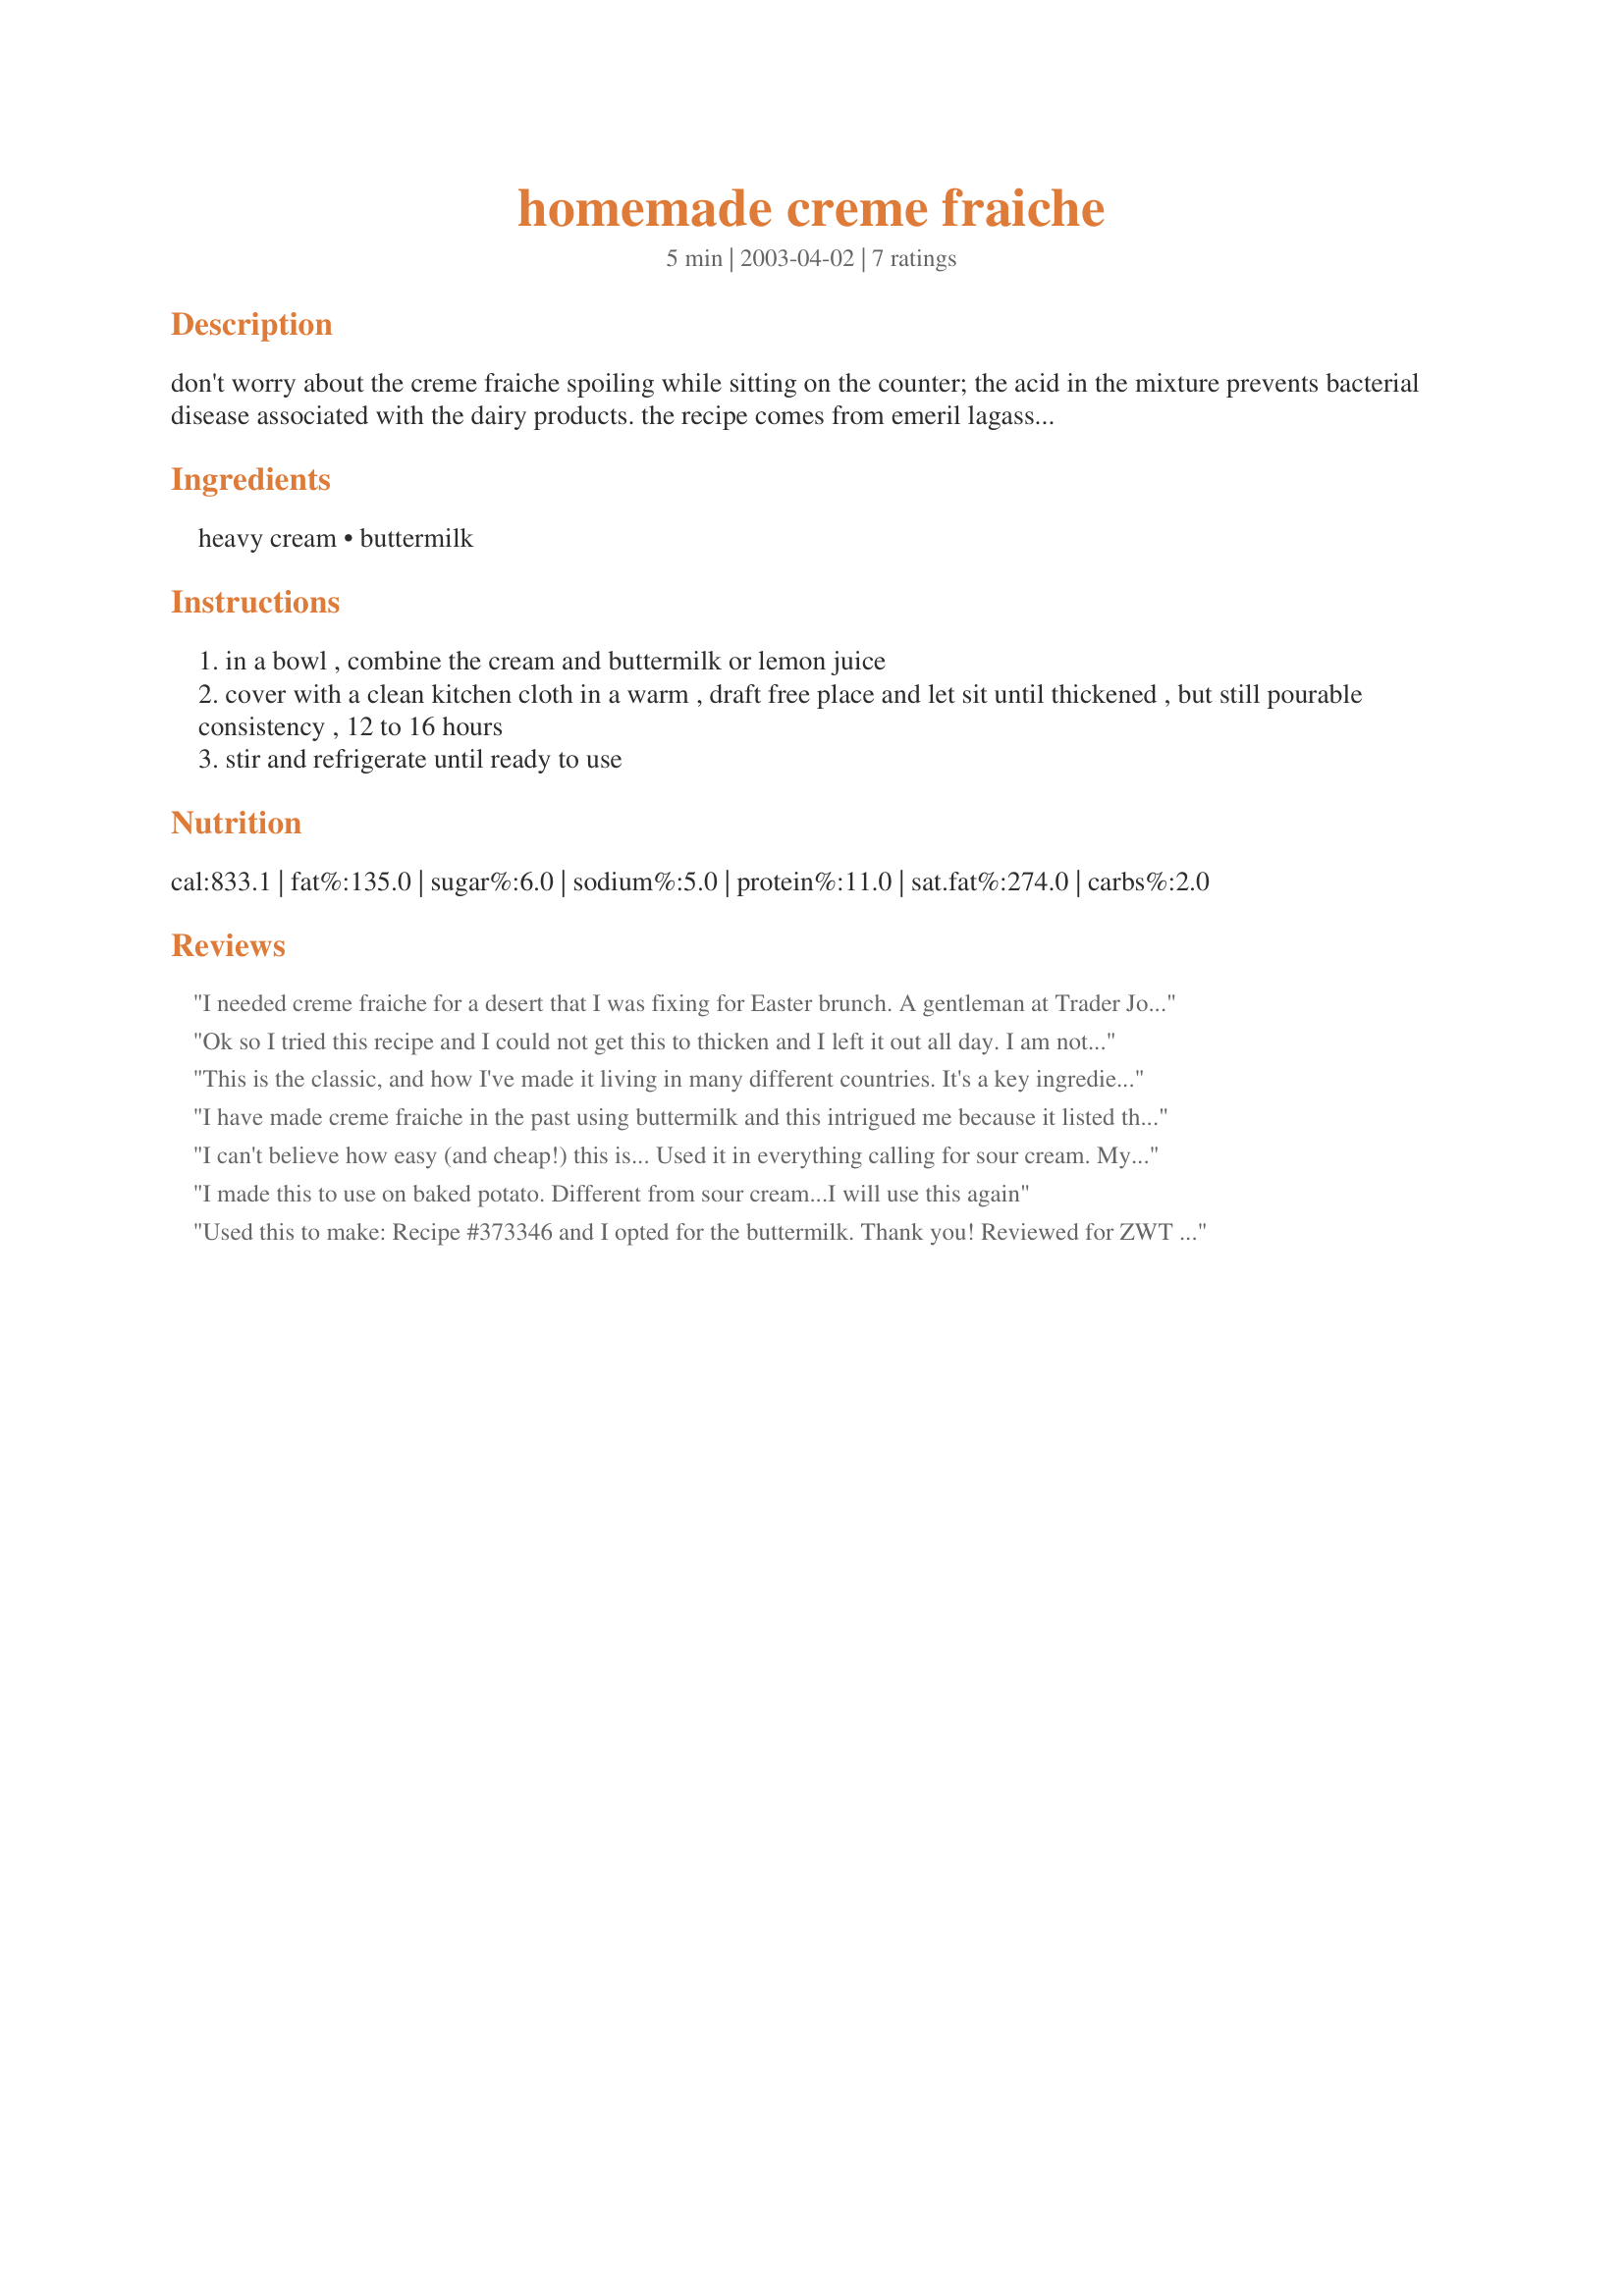
homemade creme fraiche
Preparation time: 5 minutes

don't worry about the creme fraiche spoiling while sitting on the counter; the acid in the mixture prevents bacterial disease associated with the dairy products. the recipe comes from emeril lagasse. inactive time 12 to 16 hours.

Ingredients:
heavy cream, buttermilk

Steps:
in a bowl , combine the cream and buttermilk or lemon juice
cover with a clean kitchen cloth in a warm , draft free place and let sit until thickened , but still pourable consistency , 12 to 16 hours
stir and refrigerate until ready to use

Reviews:
I needed creme fraiche for a desert that I was fixing for Easter brunch. A gentleman at Trader Joe's told me that he made his own....Fresh! So, I thought I'd give it a whirl. I bought FRESH heavy cream....Not ultra pasteurized. Last evening I mixed, covered and let sit. This morning, it's perfect and ready for desert! Thank you for the easy to follow directions!
Ok so I tried this recipe and I could not get this to thicken and I left it out all day. I am not quite sure what happened as I used buttermilk and a touch of lemon juice and I figured it was warm enough to thicken but I only got a small layer on top. I used this but unfortunately it turned my mashed potatoes into a soup/chowder. Oh well, I guess I'll have to leave it out longer next time.
This is the classic, and how I've made it living in many different countries. It's a key ingredient in the traditional Danish potato salad, much better tasting than sour cream or yoghurt, and perfect for picnic food.
I have made creme fraiche in the past using buttermilk and this intrigued me because it listed the lemon juice option. After sitting on the counter overnight the creme was pourable consistency and it thickened up so nice after being refrigerated. A winning recipe. Thanks Barb.
I can't believe how easy (and cheap!) this is... Used it in everything calling for sour cream. My favorite was in a baked potato with chives. Yum! Thanks Barb..
I made this to use on baked potato. Different from sour cream...I will use this again
Used this to make: Recipe #373346 and I opted for the buttermilk. Thank you! Reviewed for ZWT 2009.
